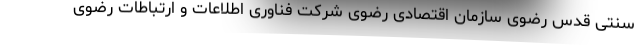
سنتی قدس رضوی سازمان اقتصادی رضوی شرکت فناوری اطلاعات و ارتباطات رضوی